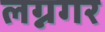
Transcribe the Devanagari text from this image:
लग्नगर